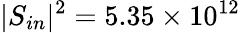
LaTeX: |S_{in}|^{2}=5.35\times 10^{12}